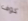
كوف